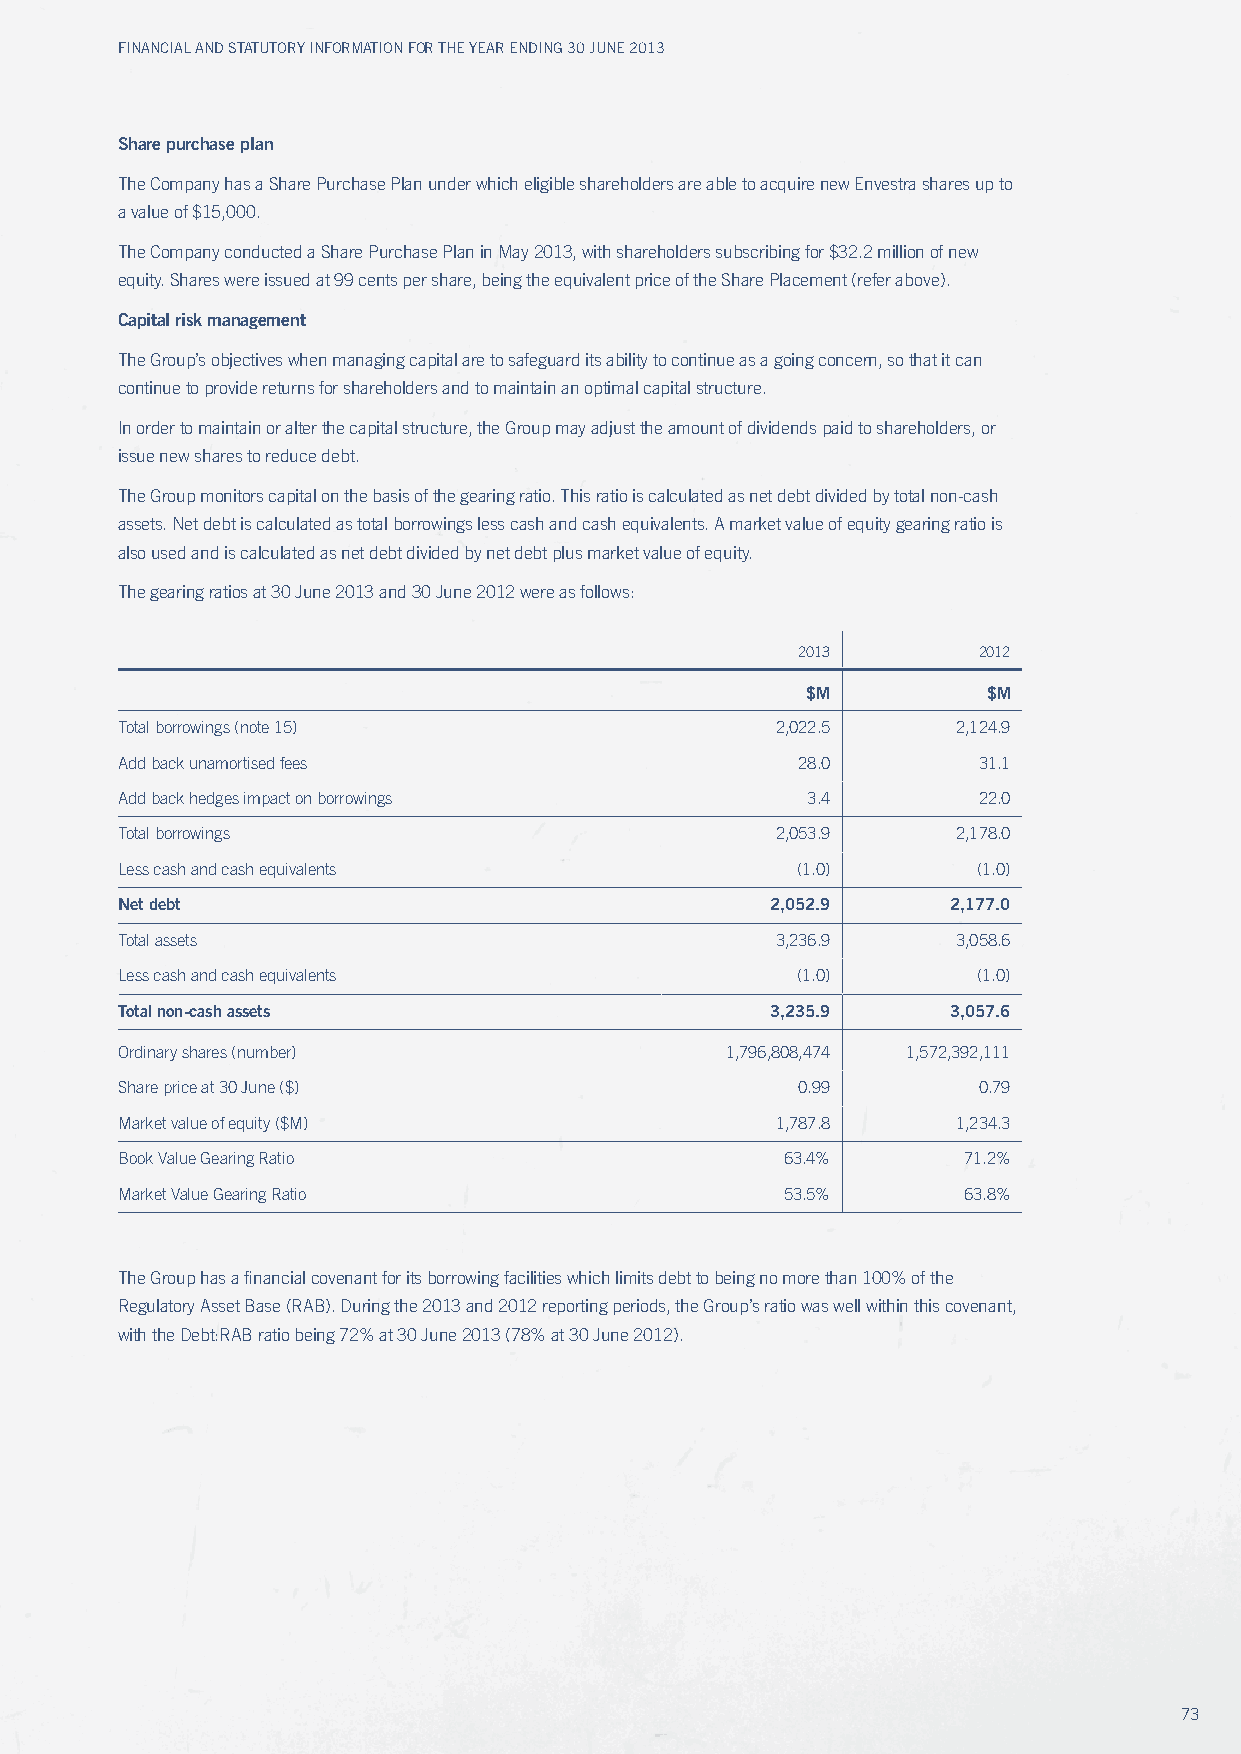
Financial and Statutory inFormation For the year ending 30 June 2013
 Share purchase plan
 The Company has a Share Purchase Plan under which eligible shareholders are able to acquire new Envestra shares up to
 a value of $15,000.
 The Company conducted a Share Purchase Plan in May 2013, with shareholders subscribing for $32.2 million of new
 equity. Shares were issued at 99 cents per share, being the equivalent price of the Share Placement (refer above).
 Capital risk management
 The Group’s objectives when managing capital are to safeguard its ability to continue as a going concern, so that it can
 continue to provide returns for shareholders and to maintain an optimal capital structure.
 In order to maintain or alter the capital structure, the Group may adjust the amount of dividends paid to shareholders, or
 issue new shares to reduce debt.
 The Group monitors capital on the basis of the gearing ratio. This ratio is calculated as net debt divided by total non-cash
 assets. Net debt is calculated as total borrowings less cash and cash equivalents. A market value of equity gearing ratio is
 also used and is calculated as net debt divided by net debt plus market value of equity.
 The gearing ratios at 30 June 2013 and 30 June 2012 were as follows:
 2013        2012
 $M          $M
 Total borrowings (note 15)                 2,022.5     2,124.9
 Add back unamortised fees                    28.0        31.1
 Add back hedges impact on borrowings         3.4         22.0
 Total borrowings                           2,053.9     2,178.0
 Less cash and cash equivalents               (1.0)       (1.0)
 Net debt                                   2,052.9     2,177.0
 Total assets                               3,236.9     3,058.6
 Less cash and cash equivalents               (1.0)       (1.0)
 Total non-cash assets                      3,235.9     3,057.6
 Ordinary shares (number)                1,796,808,474 1,572,392,111
 Share price at 30 June ($)                   0.99        0.79
 Market value of equity ($M)                1,787.8     1,234.3
 Book value Gearing Ratio                    63.4%       71.2%
 Market value Gearing Ratio                  53.5%       63.8%
 The Group has a financial covenant for its borrowing facilities which limits debt to being no more than 100% of the
 Regulatory Asset Base (RAB). During the 2013 and 2012 reporting periods, the Group’s ratio was well within this covenant,
 with the Debt:RAB ratio being 72% at 30 June 2013 (78% at 30 June 2012).
 73